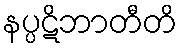
နပ္ပဋိဘာတီတိ